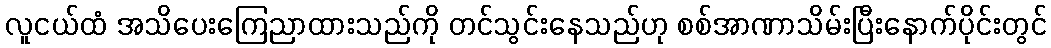
လူငယ်ထံ အသိပေးကြေညာထားသည်ကို တင်သွင်းနေသည်ဟု စစ်အာဏာသိမ်းပြီးနောက်ပိုင်းတွင်